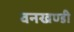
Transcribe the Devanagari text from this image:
वनखण्डी